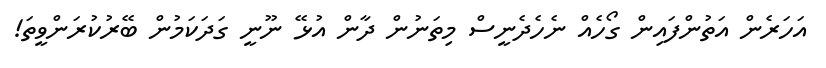
އަހަރެން އަތުންފައިން ގޯހެއް ނެހެދެނީސް މިތަނުން ދާން އުޅޭ ނޫނީ ގަދަކަމުން ބޭރުކުރަންވީތަ!